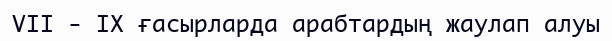
VII - IX ғасырларда арабтардың жаулап алуы